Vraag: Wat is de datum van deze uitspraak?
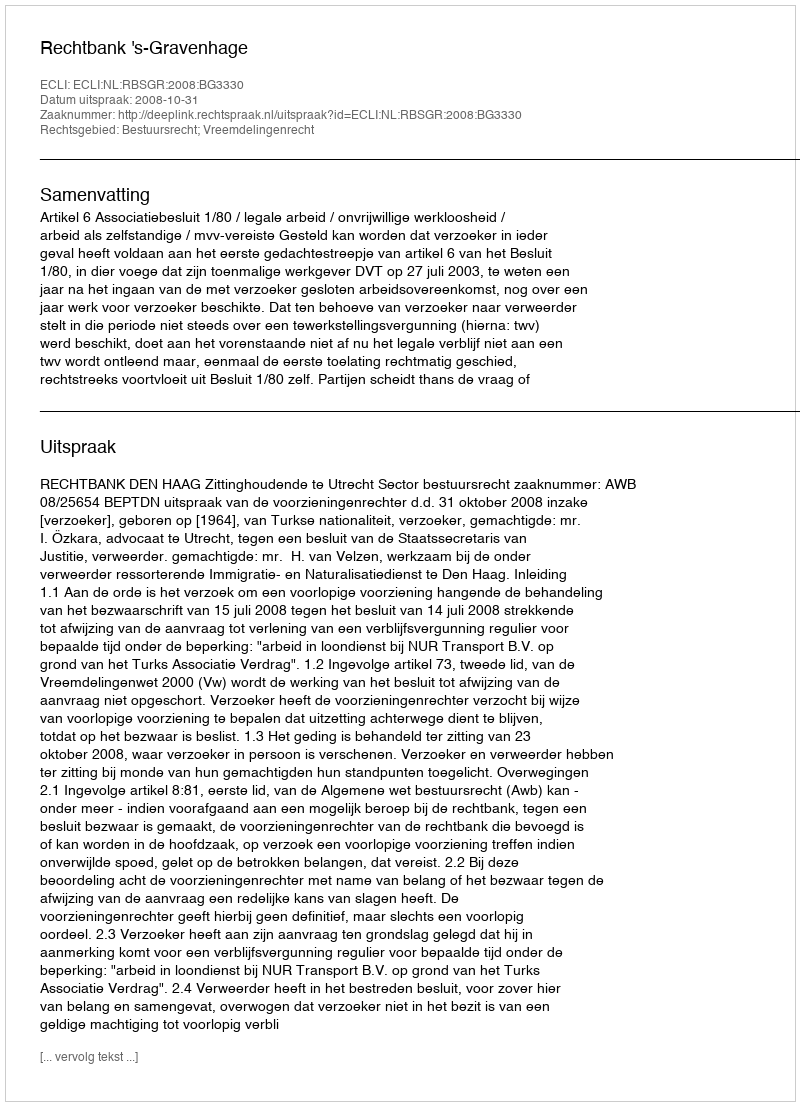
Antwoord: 2008-10-31